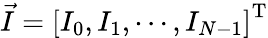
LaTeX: \vec{I}=\left[I_{0},I_{1},\cdots,I_{N-1}\right]^{\mathrm{T}}